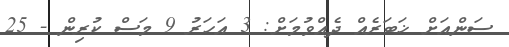
ސަންއަށް ޚަބަރެއް ދެއްވުމަށް: 3 އަހަރު 9 މަސް ކުރިން - 25